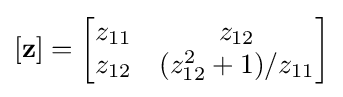
\left[\mathbf {z} \right]={\begin{bmatrix}z_{11}&z_{12}\\z_{12}&(z_{12}^{2}+1)/z_{11}\end{bmatrix}}